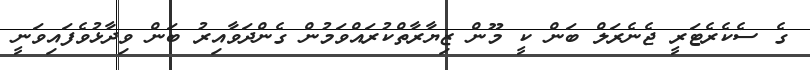
ގެ ސެކެރެޓަރީ ޖެނެރަލް ބަން ކީ މޫން ޒިޔާރާތްކުރައްވަމުން ގެންދަވާއިރު ބަން ވިދާޅުވެފައިވަނީ